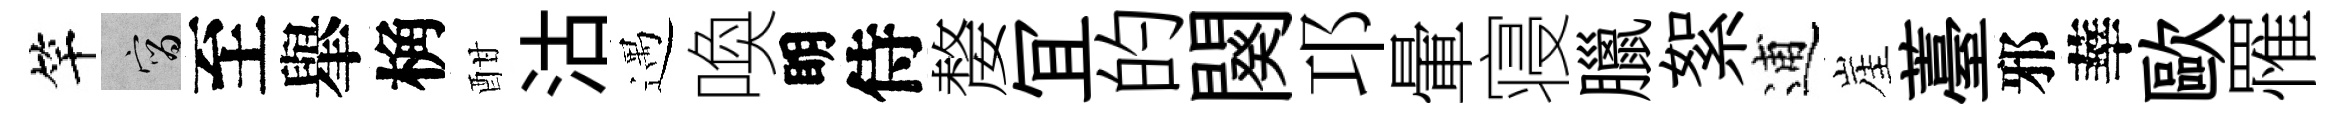
竿宵至𦦙桷酣沽遇喚眀侍嫠冝的闋邛暈寝臘絮逋崖薹邪華歐罹